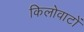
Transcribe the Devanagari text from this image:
किलोवाटों